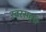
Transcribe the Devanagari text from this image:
स्वरसदृश